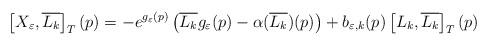
LaTeX: \begin{align*} \left[X_{\varepsilon}, \overline{L_{k}}\right]_{T}(p) = -e^{g_{\varepsilon}(p)}\left(\overline{L_{k}}g_{\varepsilon}(p)-\alpha(\overline{L_{k}})(p)\right) + b_{\varepsilon, k}(p)\left[L_{k}, \overline{L_{k}}\right]_{T}(p)\;\end{align*}